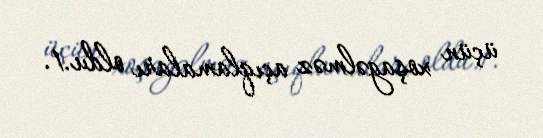
üçün xoşagəlməz açıqlamaları oldu.1.